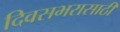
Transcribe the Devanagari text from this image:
दिवसभरासाठी